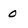
Character: 0